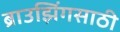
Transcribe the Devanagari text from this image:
ब्राउझिंगसाठी